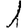
Digit: 1